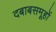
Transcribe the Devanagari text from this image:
दबाबसमूहों